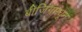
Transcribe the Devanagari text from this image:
बीजिंगमधून